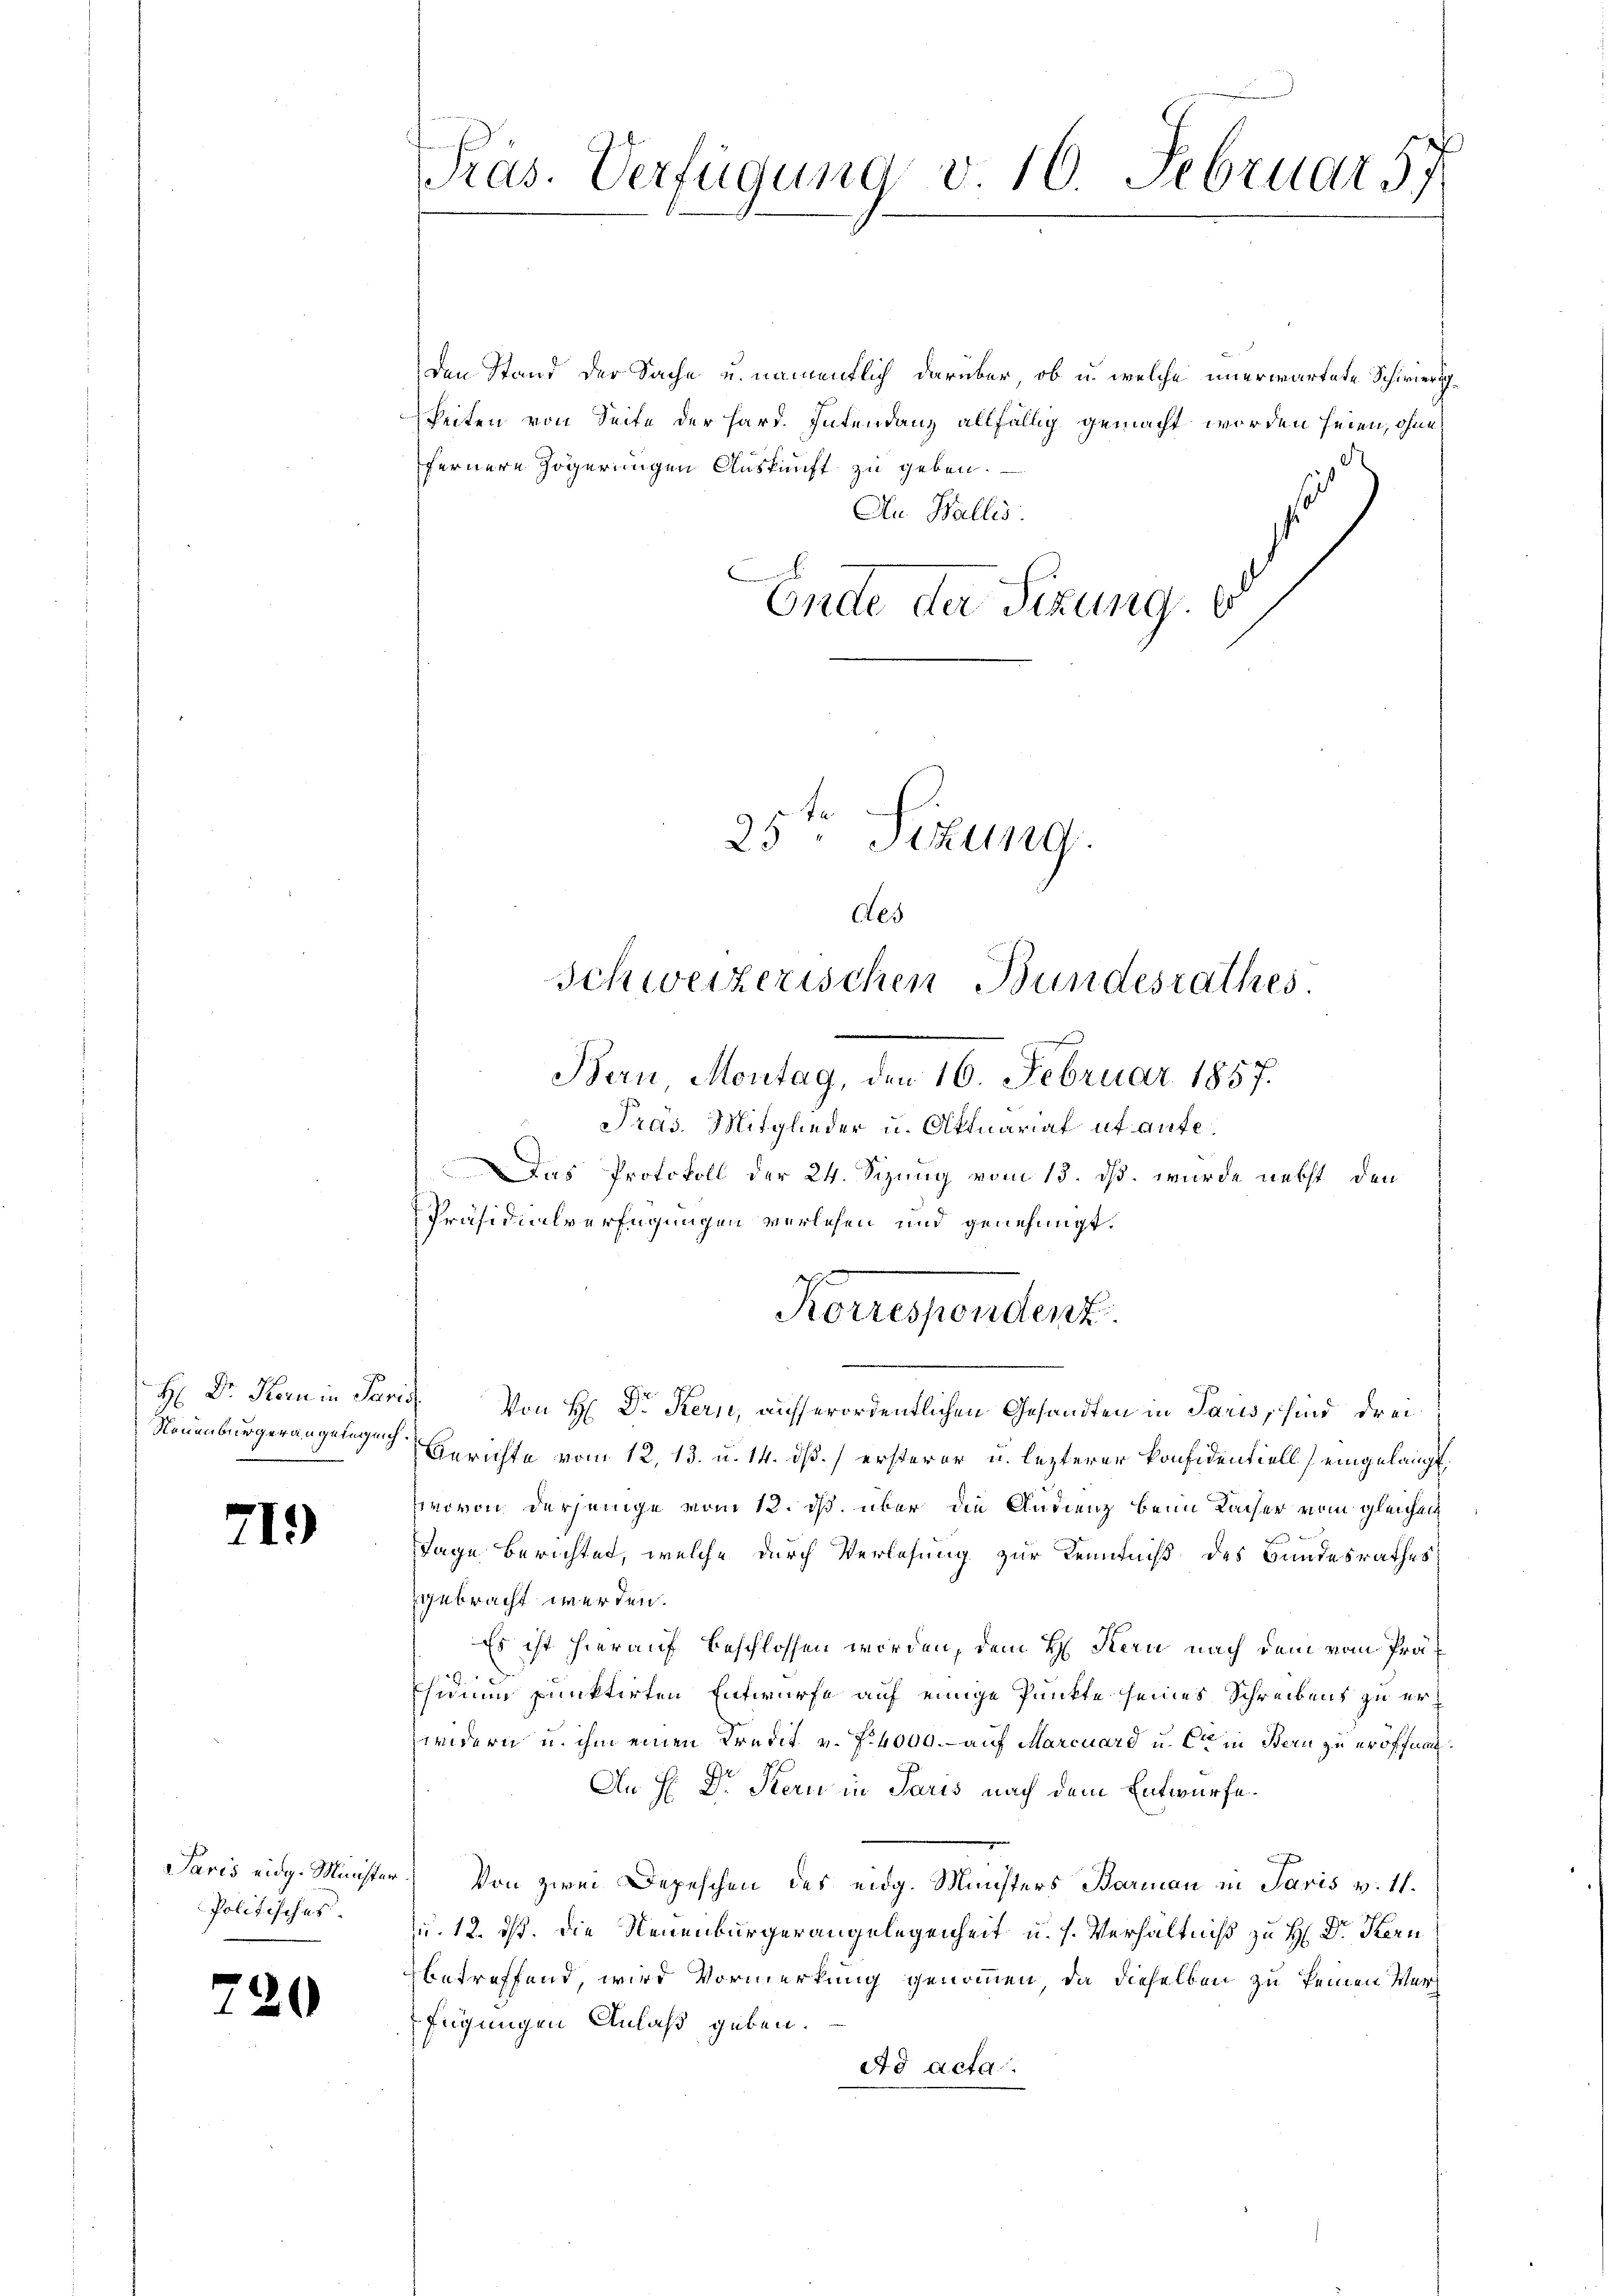
H: Dr. Korn in Pari
Neuenburgerangelngeich.

719)

Paris eidg. Minister
Politisches.

79

¬

den Stand der Sache u. namentlich darüber, ob u. welche unerwartete Schwierig¬
Seiten von Seite der hard. Intendanz allfällig gemacht worden seien, ohne
fernere Zögerungen Auskunft zu geben.
Au Wallis.
.
Ende der Sitzung d

u
Präs. Verfügung v. 10. Februar 57

25ten Sekung
Aes
Schweizerischen Bundesrathes.
Bern Montag, den 16. Februar 1857.
Pras. Mitglieder u. Aktuariat uf aufe¬
Das Protokoll der 24. Sizung vom 15. dß. wurde nebst den
Präsidialverfügungen verlesen und genehmigt.

Von H: Dr. Kern, ausserordentlichen Gesandten in Paris, sind drei
Gerichte vom 12. 13. u. 14. dß.) ersterer u. lezterer konfidentiell eingelangt,
wovon derjenige vom 12. ds. über die Audienz beim Racher vom gleichen
Tage berichtet, welche durch Verlesung zur Kenntniß des Bandesrathes
gebracht werden.
Es ist hierauf beschlossen worden, dem H. Kern nach dem vom Präsidium punktirten Entwurfe auf einige Punkte seines Schreibens zu erindern u. ihm einen Kredit v. J. 4000.- auf Marcuard u. Cet in Stern zu eröffnen.
An H: Dr. Stern in Paris nach dem Entwurfe.
Von zwei Depeschen des eidg. Münsters Barman in Paris v. 11.
u. 12. ds. Die Neuenburgerangelegenheit u. s. Verhältniß zu H: Dr. Kern
betreffend, wird Vormerkung genommen, da dieselben zu keinen Verh
fügungen Anlaß geben.
Ad acta.

Korrespendenz.